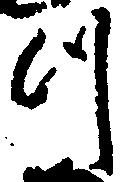
つ